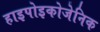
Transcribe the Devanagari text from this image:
हाइपोइकोजेनिक